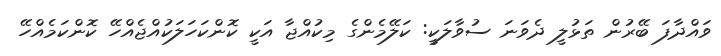
ވައްދާފަ ބޭރުން ތަޅުލީ ދެވަނަ ސުވާލަކީ: ކަލޭމެންގެ މިކުއްޖާ އަކީ ކޮންކަހަލަކުއްޖެއްހޭ ކޮންކަމެއްހޭ